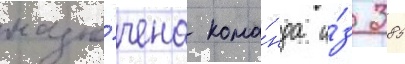
назна́чена кома́нда и́з 385